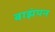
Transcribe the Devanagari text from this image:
बाझंपन